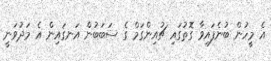
އެ މީހުން ބުނެފައިވާ ގޮތުގައި ޗުއިންގަމް ގެ ސަބަބުން އަނގައިން އެ މަދުވަނީ